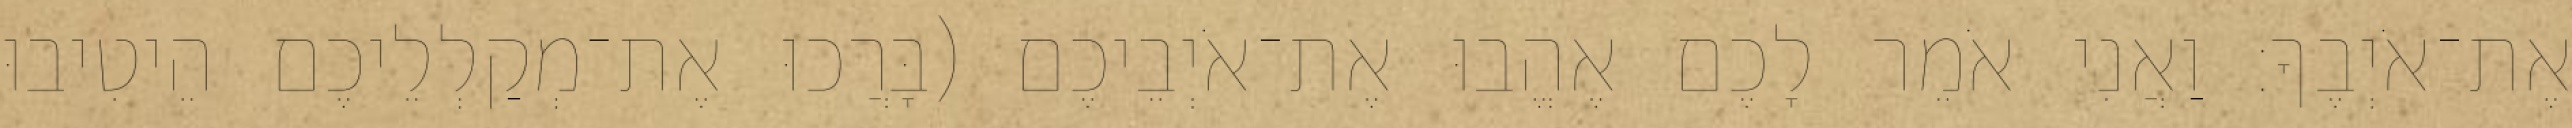
אֶת־אֹיְבֶךָ׃ וַאֲנִי אֹמֵר לָכֶם אֶהֱבוּ אֶת־אֹיְבֵיכֶם (בָּרֲכוּ אֶת־מְקַלְלֵיכֶם הֵיטִיבוּ